EAOK_Sinod, lk 5
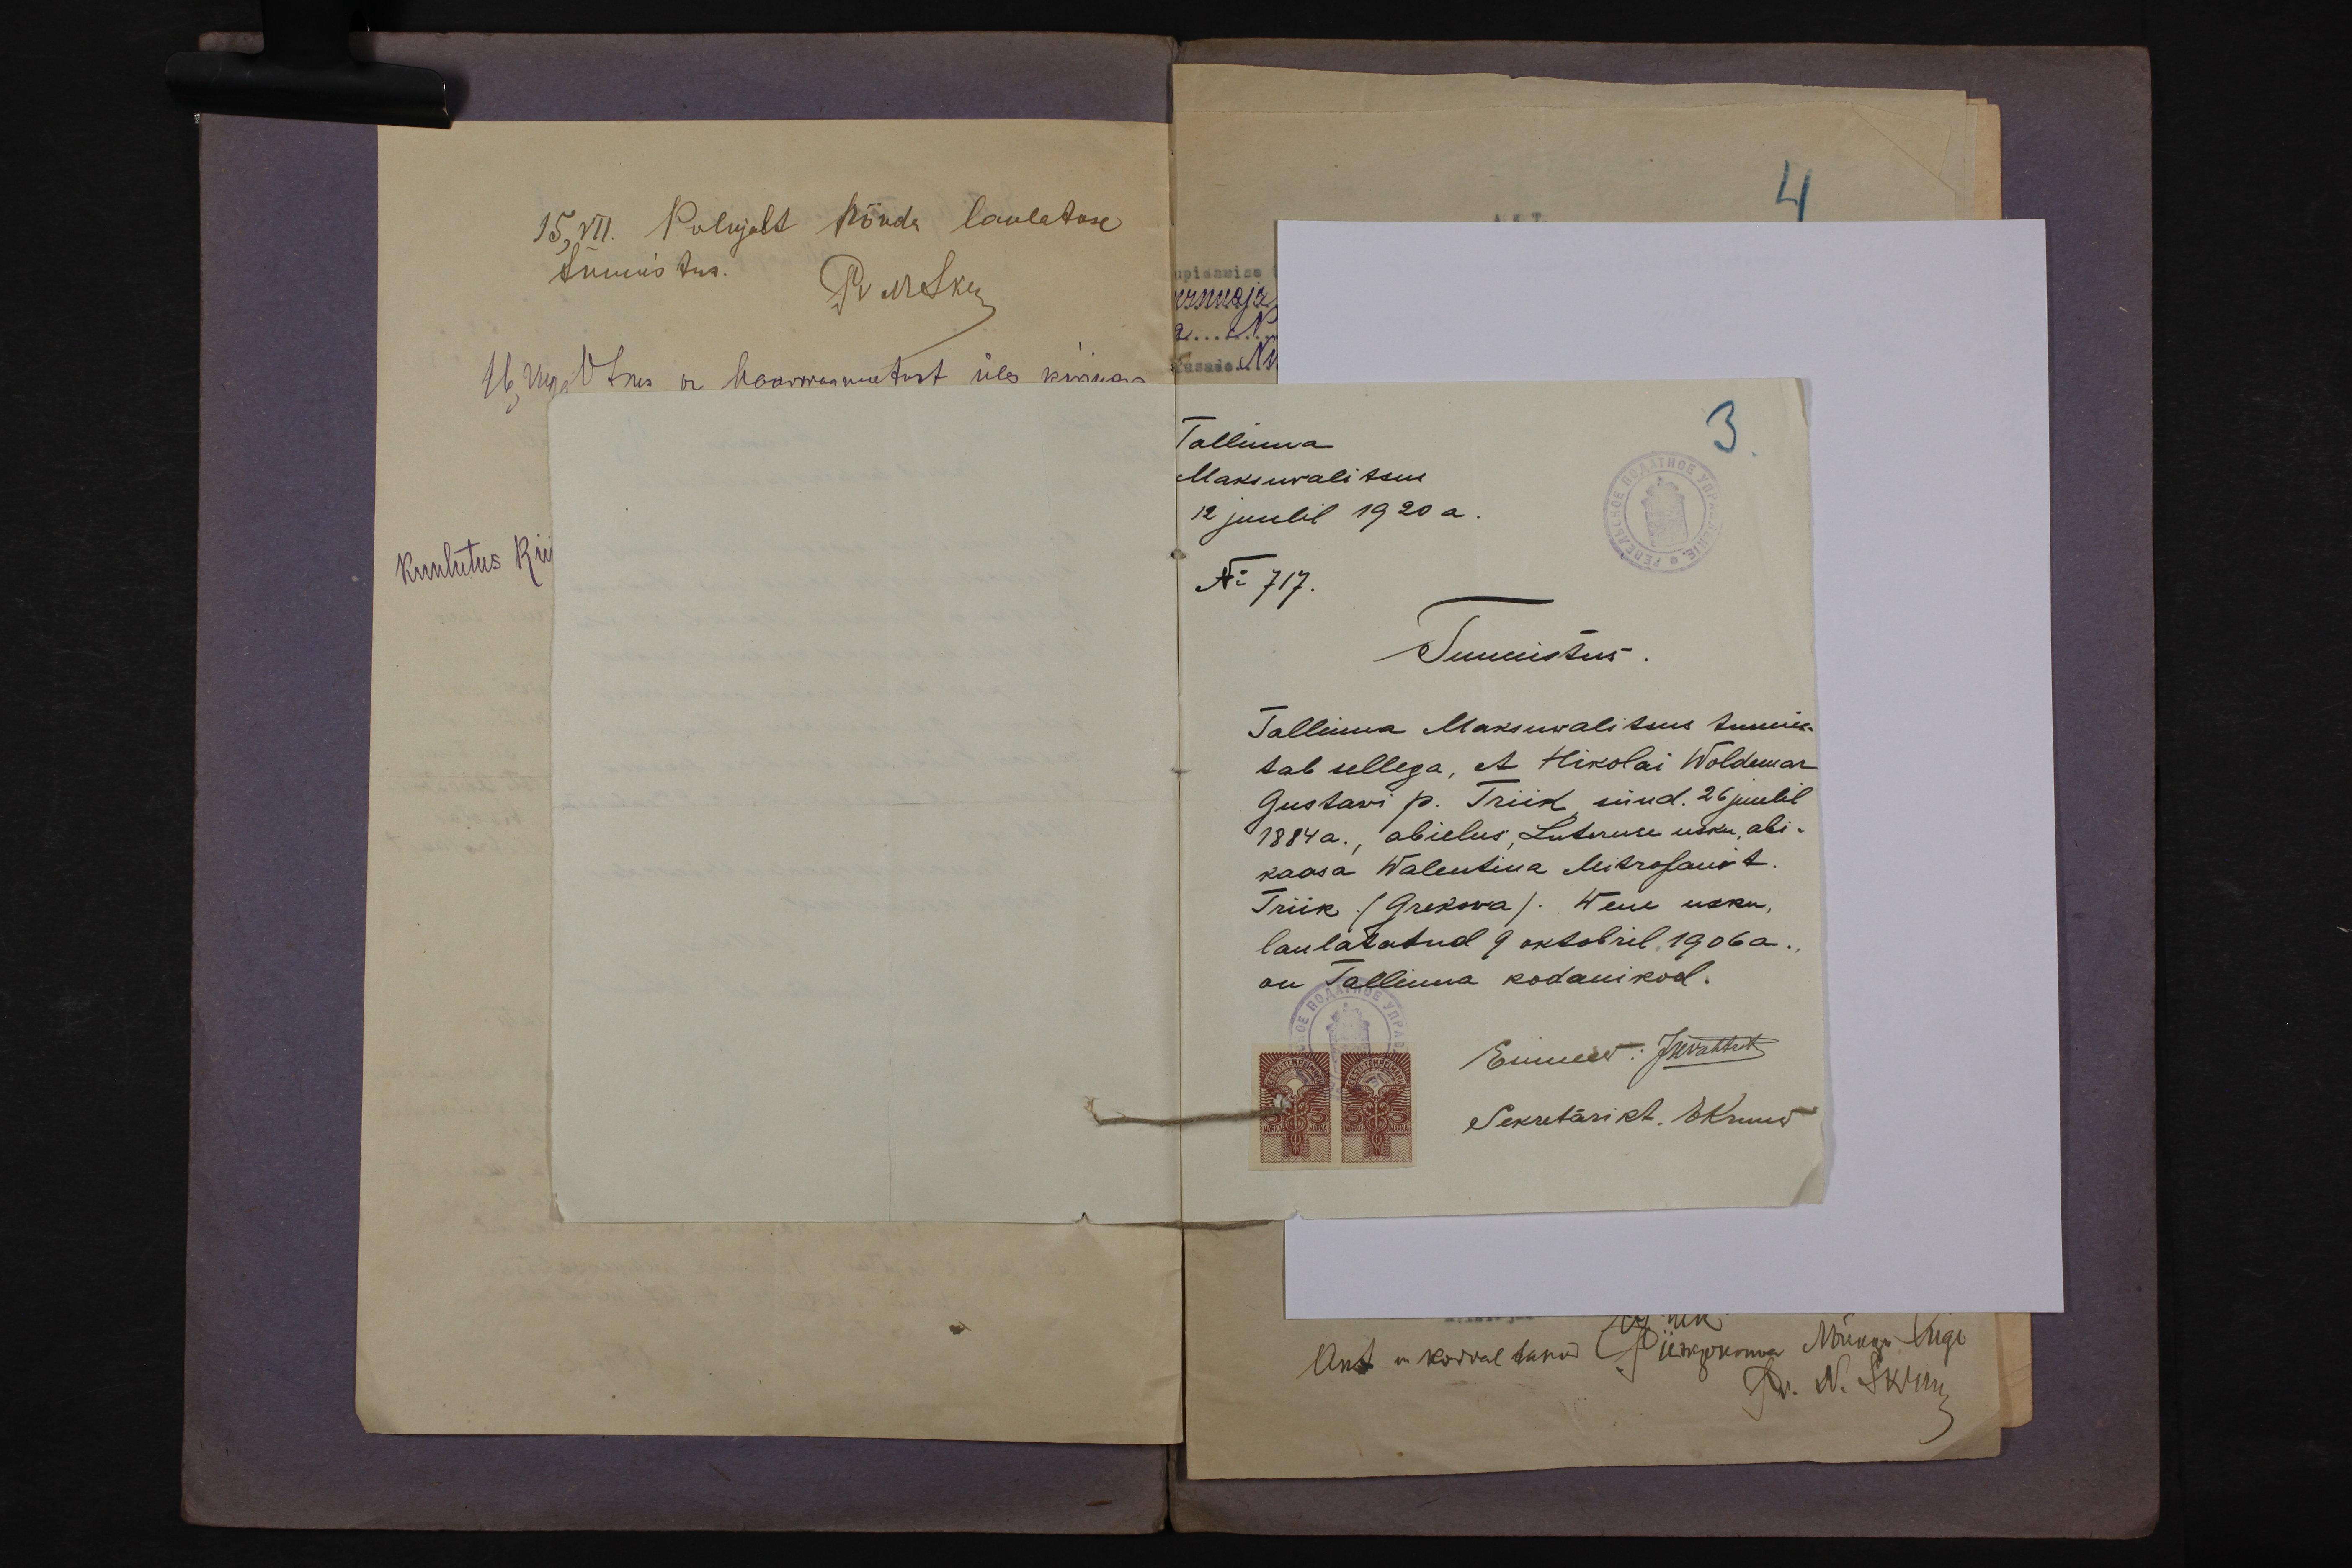
Tallinna
3
Maksuvalitsus
12 juulil 1920 a.
No 717.
Tunnistus.
Tallinna Maksuvalitsus tunnis-
tab sellega, et Nikolai Woldemar
Gustavi p. Triik, sünd. 26 juulil
1884 a., abielus, Luteruse usku, abi-
kaasa Walentina Mitrofani t.
Triik (Grekova). Wene usku,
laulatatud 9 oktobril 1906 a.
on Tallinna kodanikud.
Esimees: JKvahtut
Sekretäri kt. Oksuus